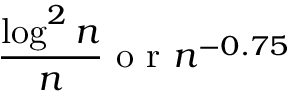
\frac { \log ^ { 2 } n } { n } \mathrm { ~ o ~ r ~ } n ^ { - 0 . 7 5 }